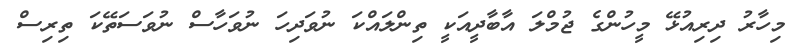
މިހާރު ދިރިއުޅޭ މީހުންގެ ޖުމްލަ އާބާދީއަކީ ތިންލައްކަ ނުވަދިހަ ނުވަހާސް ނުވަސަތޭކަ ތިރިސް